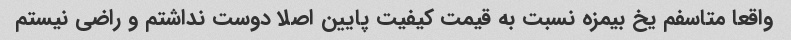
واقعا متاسفم یخ بیمزه نسبت به قیمت کیفیت پایین اصلا دوست نداشتم و راضی نیستم